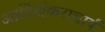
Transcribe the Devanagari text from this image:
आदिशंकराचार्य